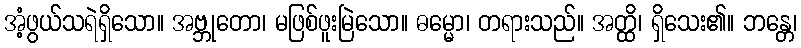
အံ့ဖွယ်သရဲရှိသော။ အဗ္ဘုတော၊ မဖြစ်ဖူးမြဲသော။ ဓမ္မော၊ တရားသည်။ အတ္ထိ၊ ရှိသေး၏။ ဘန္တေ၊